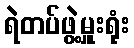
ရဲတပ်ဖွဲ့မှူးရုံး